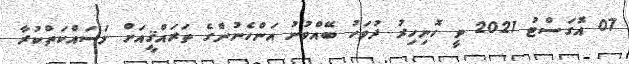
07 އޮގަސްޓު 2021 ވީ ހޮނިހިރު ދުވަހު ބޭއްވުނު އަންހެނުންގެ ތަރައްޤީއަށް މަސައްކަތްކުރާ